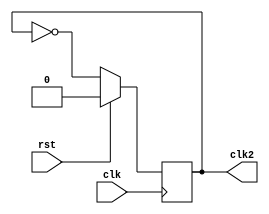
module fby2divider(clk,clk2,rst);
input clk,rst;
output reg clk2;
always @(posedge clk)begin
if(rst)begin
clk2<=0;
end
else begin 
clk2<=~clk2;
end
end
endmodule 

module test();
reg clk,rst;
wire clk2;
wire clk3;
fby2divider DUT(.clk(clk),.clk2(clk2),.rst(rst));
always #1 clk=~clk;
initial begin 
clk=1'b0;
rst=0;
#10;
rst=1;
#20;
rst=0;
#20
rst=0;
#50 $stop;
end

initial begin
  $monitor("time=%d,clk=%b,clk2=%b,rst=%b",$time,clk,clk2,rst);
  $dumpfile("upcounter.vcd");
  $dumpvars();
 end
endmodule